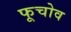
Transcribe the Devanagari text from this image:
फूचोव